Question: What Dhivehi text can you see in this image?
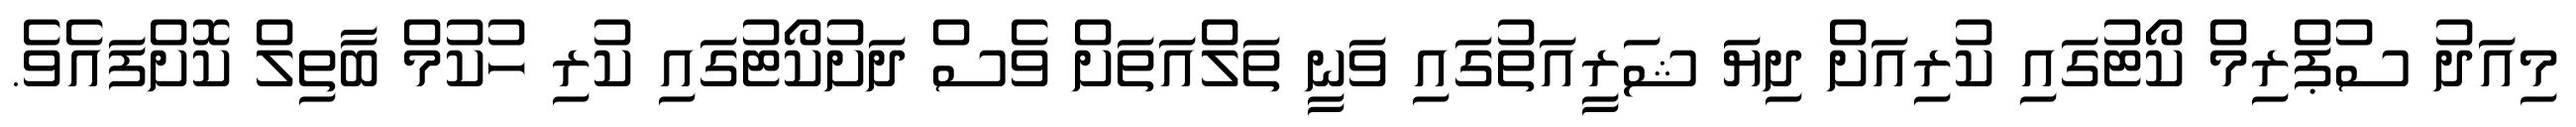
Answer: މިއަދު ސުޕްރިމް ކޯޓުގައި ކުރިއަށް ދިޔަ ޝަރީއަތުގައި ވަނީ ތަލްއަތަށް ވެސް ދަށުކޯޓުގައި ކުރި ހުކުމް ބާތިލް ކޮށްފައެވެ.